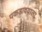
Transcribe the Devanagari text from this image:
पकडावयाला